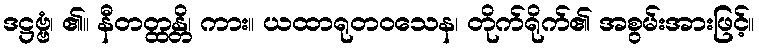
ဒဋ္ဌဗ္ဗံ၊ ၏။ နီတတ္ထန္တိ၊ ကား။ ယထာရုတဝသေန၊ တိုက်ရိုက်၏ အစွမ်းအားဖြင့်။